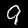
Digit: 9